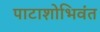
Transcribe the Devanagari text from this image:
पाटाशोभिवंत